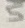
Text: 5